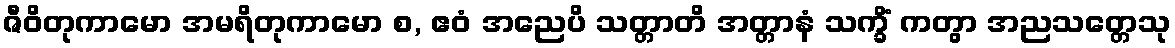
ဇီဝိတုကာမော အမရိတုကာမော စ, ဧဝံ အညေပိ သတ္တာတိ အတ္တာနံ သက္ခိံ ကတွာ အညသတ္တေသု